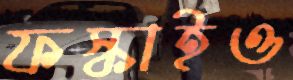
ফস্‌কাইও